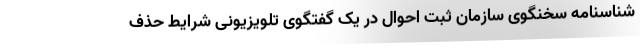
شناسنامه سخنگوی سازمان ثبت احوال در یک گفتگوی تلویزیونی شرایط حذف